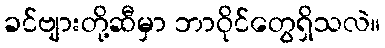
ခင်ဗျားတို့ဆီမှာ ဘာဝိုင်တွေရှိသလဲ။